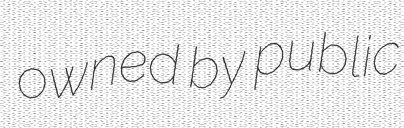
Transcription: owned by public